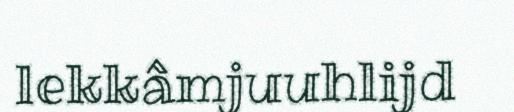
lekkâmjuuhlijd